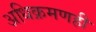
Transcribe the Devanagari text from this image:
अधिक्रमणही